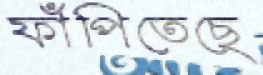
ফাঁপিতেছে